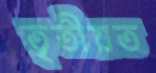
তৃতীয়ত